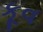
કૂવ